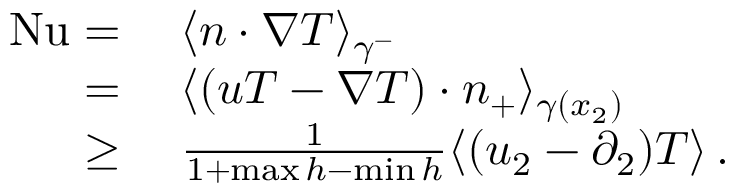
\begin{array} { r l } { \mathrm { { N u } } = { } } & { { } \langle n \cdot \nabla T \rangle _ { \gamma ^ { - } } } \\ { = { } } & { { } \langle ( u T - \nabla T ) \cdot n _ { + } \rangle _ { \gamma ( x _ { 2 } ) } } \\ { \geq { } } & { { } \frac { 1 } { 1 + \operatorname* { m a x } h - \operatorname* { m i n } h } \langle ( u _ { 2 } - \partial _ { 2 } ) T \rangle \, . } \end{array}